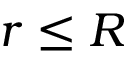
r \leq R